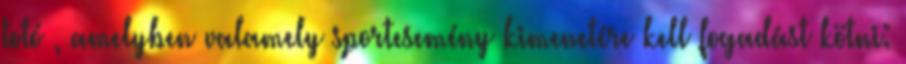
totó , amelyben valamely sportesemény kimenetére kell fogadást kötni: